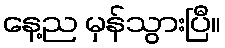
နေ့ည မှန်သွားပြီ။